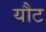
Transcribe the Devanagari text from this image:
यौट